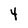
Character: 4